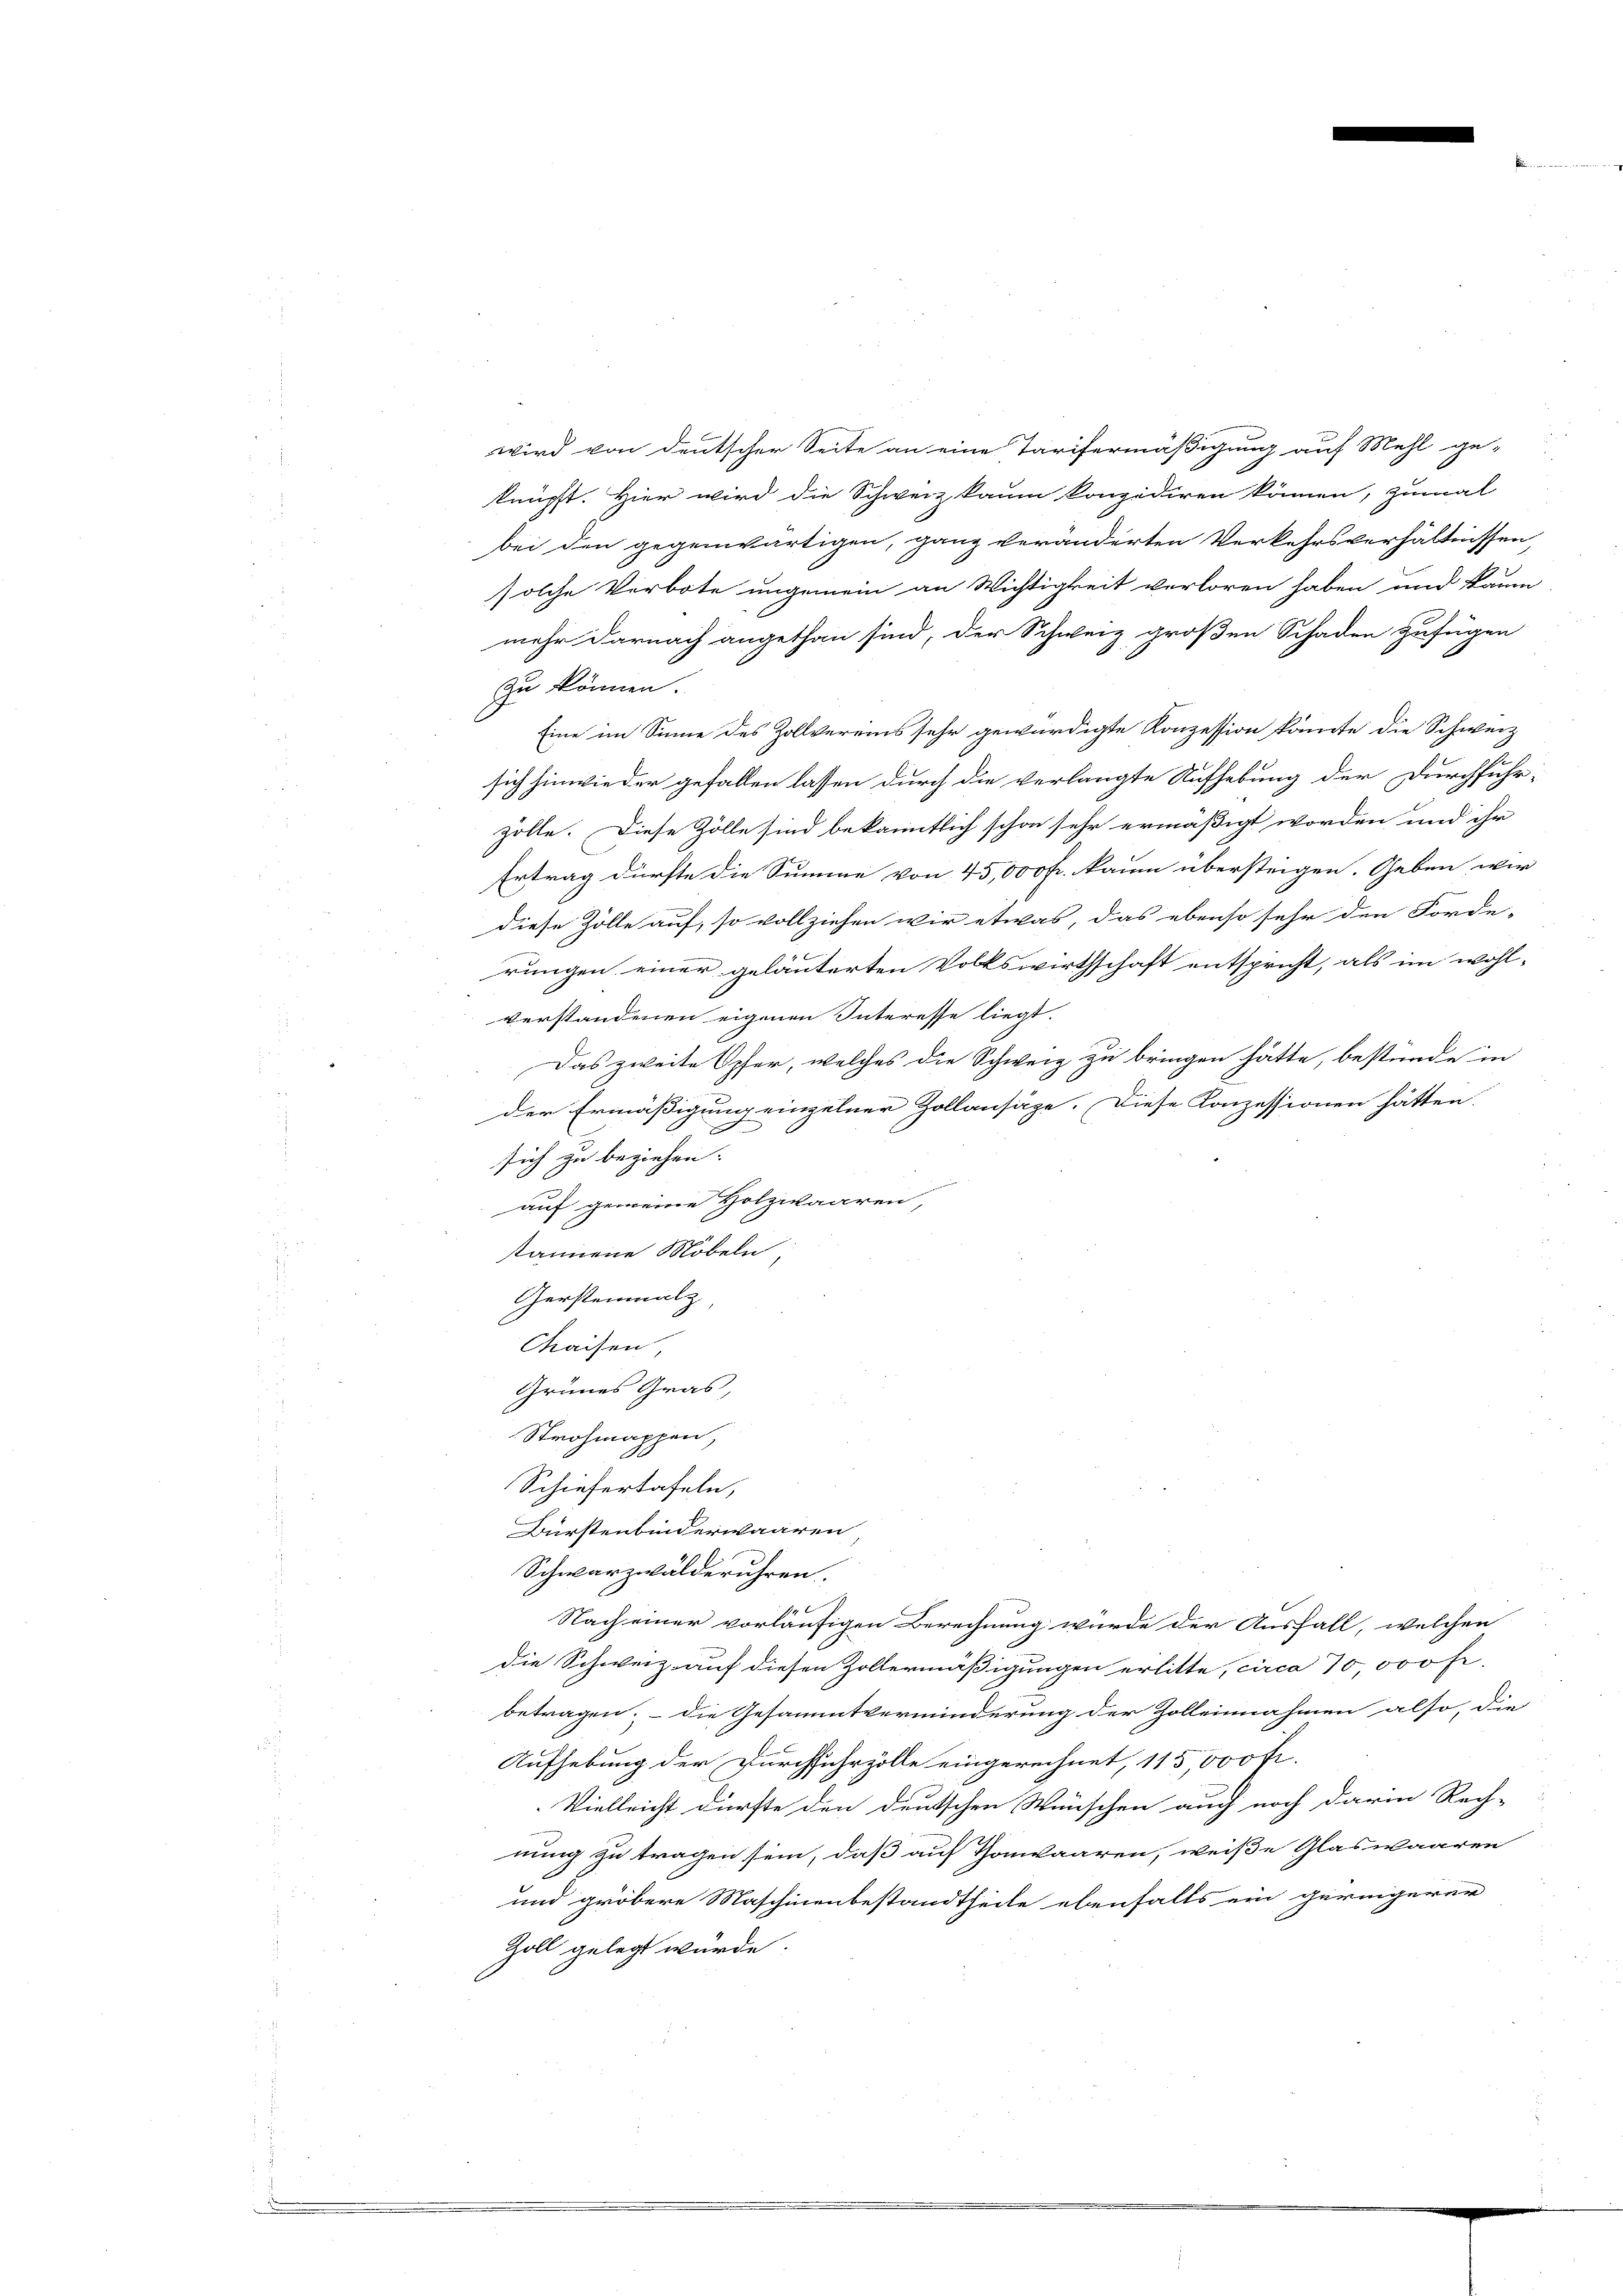
wird von deutscher Seite an eine Tarifermäßigung auf Mehl ge-
knüpft. Hier wird die Schweiz kaum konzediren können, zumal
bei den gegenwärtigen, ganz veränderten Verkehrsverhältnissen
solche Verbote ungemein an Wichtigkeit verloren haben und kaum
mehr darnach angethan sind, der Schweiz großen Schaden zufügen
zu können.
Eine im Sinne des Zollvereins sehr gewürdigte Konzession konnte die Schweiz
sich hinwieder gefallen lassen durch die verlangte Aufhebung der Durchführ-
zolle. Diese Zölle sind bekanntlich schon sehr ermäßigt worden und ihr
Ertrag dürfte die Summe von 45,000 fr. kaum übersteigen. Geben wir
diese Zölle auf, so vollziehen wir etwas, das ebenso sehr den Forde-
rungen einer geläuterten Volkswirthschaft entspricht, als im wohl-
verstandenen eigenen Interesse liegt.
Das zweite Opfer, welches die Schweiz zu bringen hätte, bestunde in
der Ermäßigung einzelner Zollansäze. Diese Konzessionen hätten.
sich zu beziehen.
auf gemeine Holzwaaren,
tannene Möbeln
Gerstenmal
Kaisen,
Grünes Gras,
Strohmappen,
Schiefertafeln,
Bürstenbinderwaaren
Schwarzwälderuhren.
Nach einer vorläufigen Berechnung wurde der Ausfall, welchen
die Schweiz auf diesen Zollermäßigungen erlitte, circa 70,000 fr.
betragen; – die Gesammtverminderung der Zolleinahmen also, die
Aufhebung der Durchfuhrzölle eingerechnet, 115,000 Fr.
Vielleicht dürfte den deutschen Wünschen auch noch darin Rech-
nung zu tragen sein, daß auf Thonwaaren, weiße Glaswaaren
und gröbere Maschinenbestandtheile ebenfalls ein geringerer
Zoll gelegt würde.